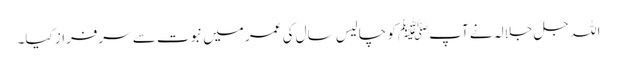
اللہ جل جلالہ نے آپﷺ کو چالیس سال کی عمر میں نبوت سے سرفراز کیا۔